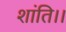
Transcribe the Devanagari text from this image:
शांति।।